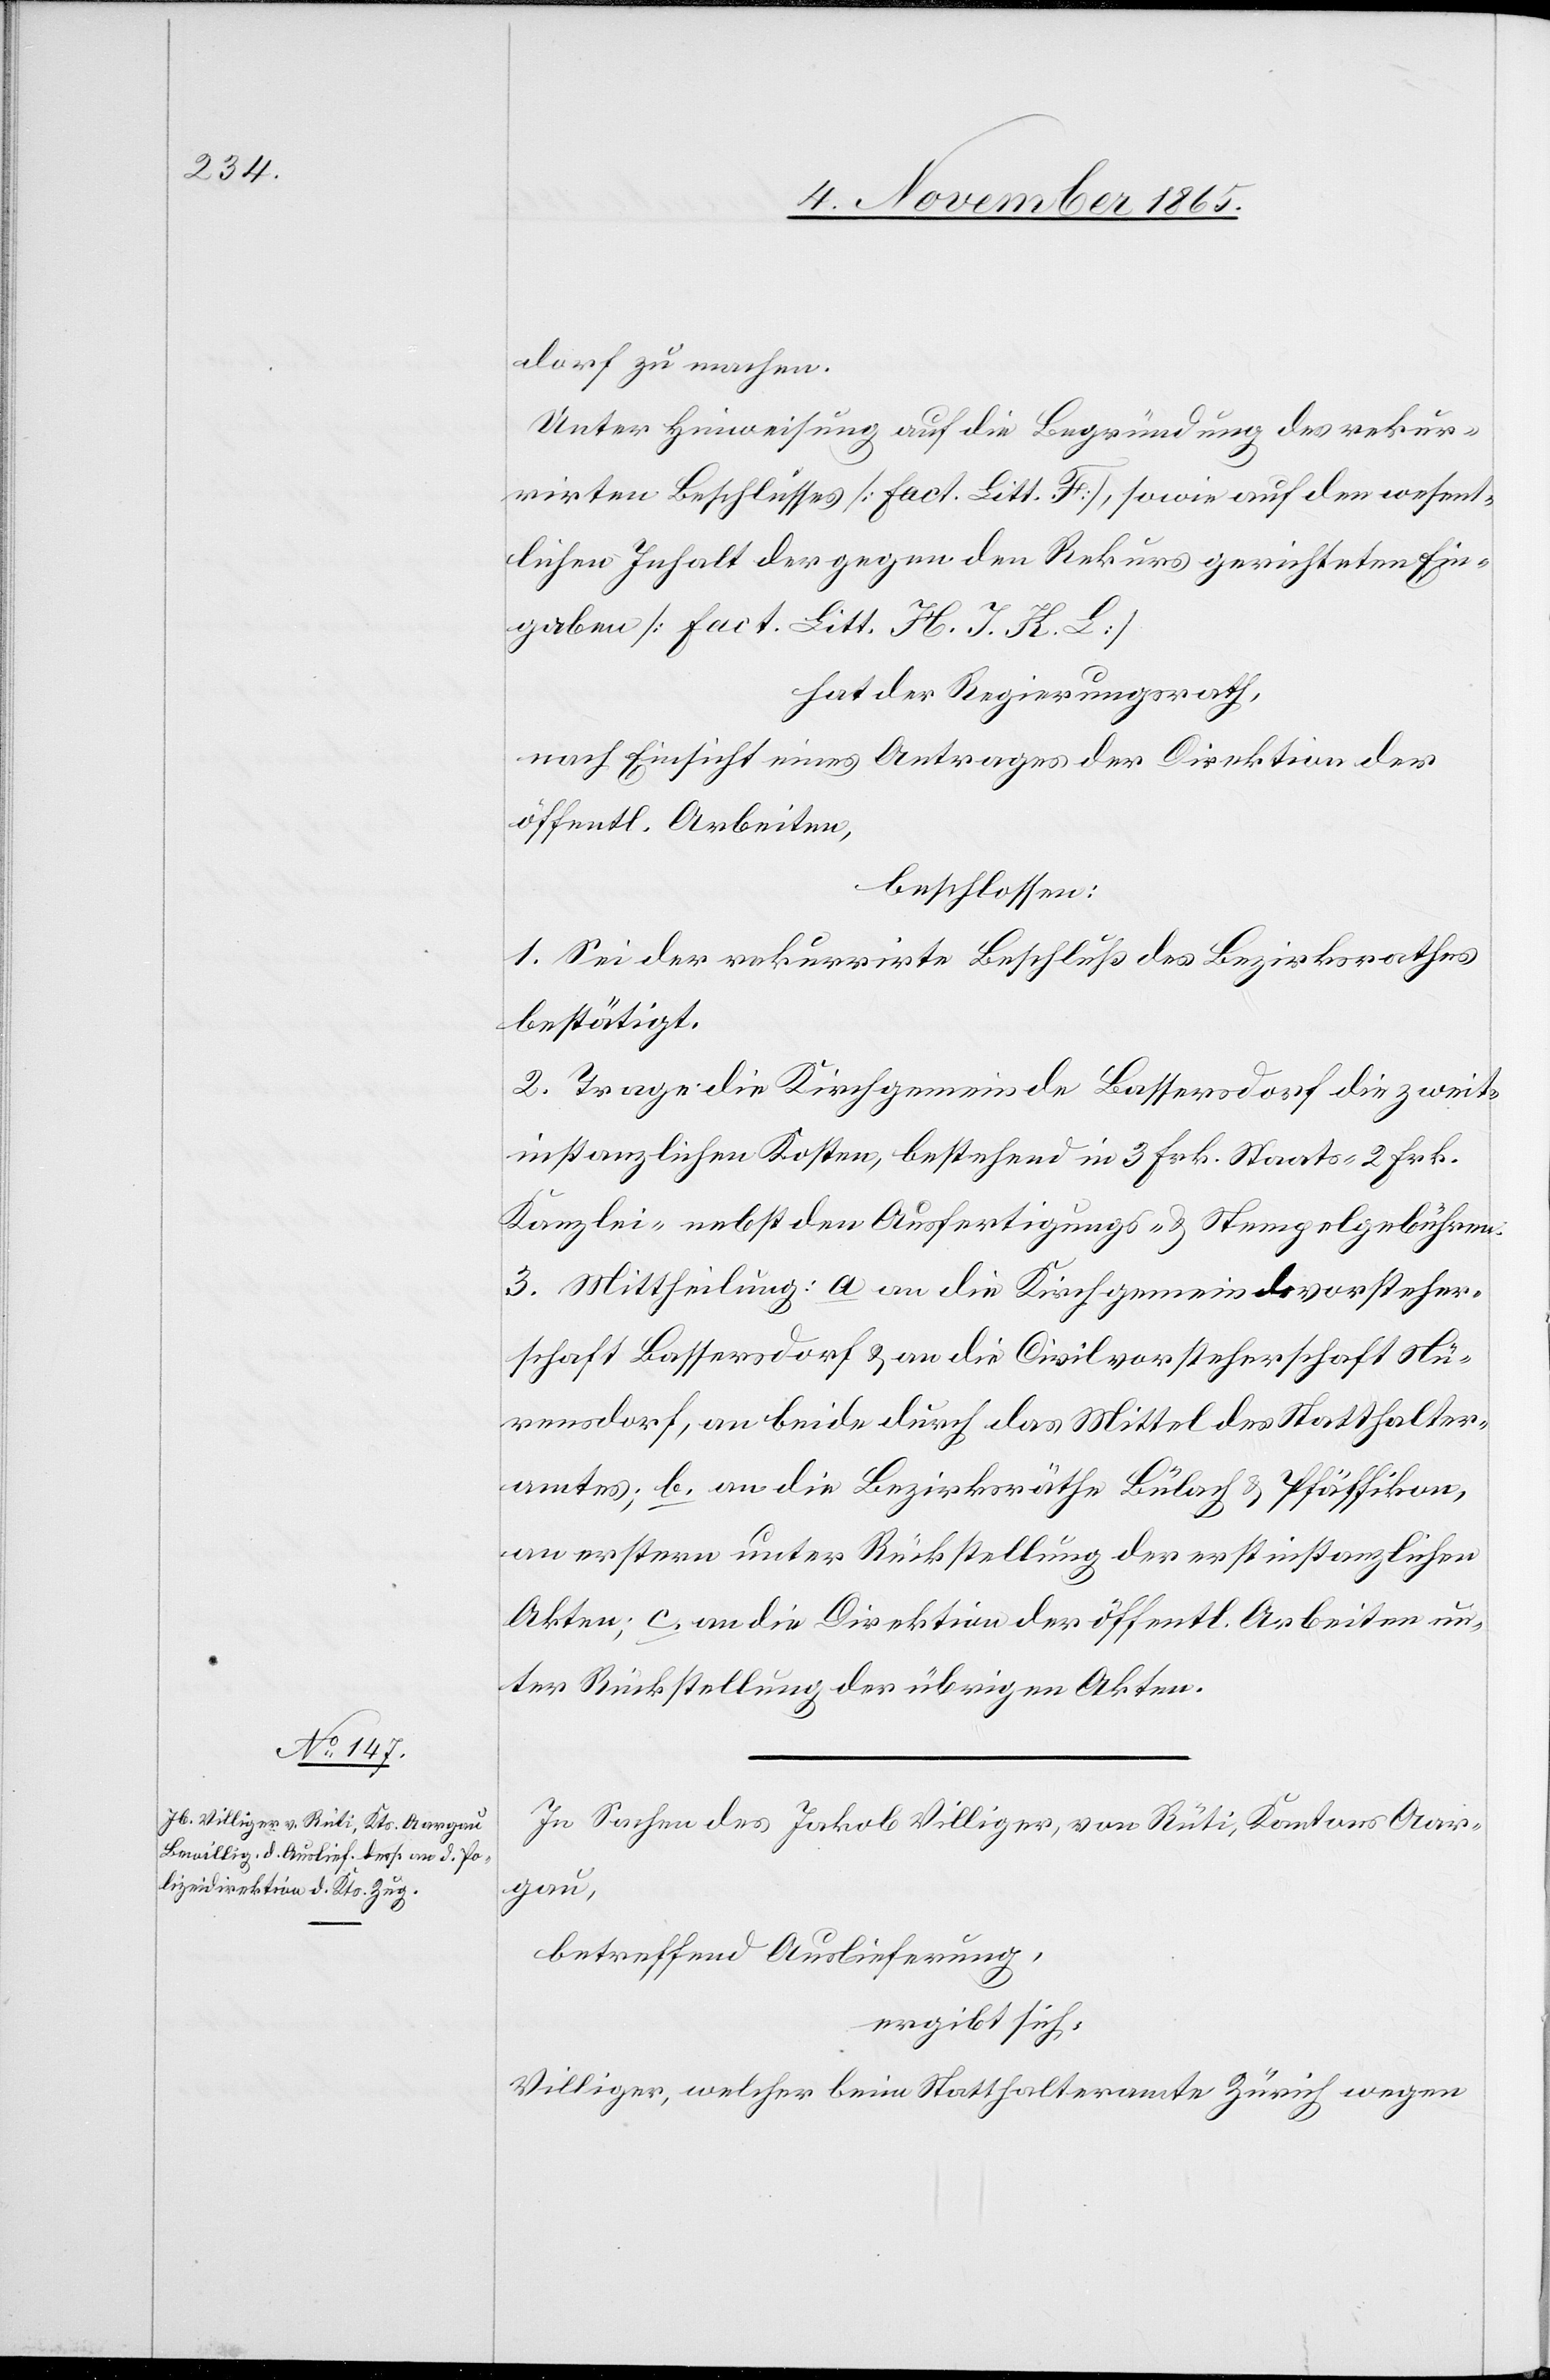
dorf zu machen.
Unter Hinweisung auf die Begründung des rekur¬
rirten Beschlusses [Fact. Litt. F], sowie auf den wesent¬
lichen Inhalt der gegen den Rekurs gerichteten Ein¬
gaben [Fact. Litt. H. I. K. L.]
hat der Regierungsrath,
nach Einsicht eines Antrages der Direktion der
öffentl. Arbeiten,
beschlossen:
1. Sei der rekurrirte Beschluß des Bezirksrathes
bestätigt.
2. Trage die Kirchgemeinde Bassersdorf die zweit¬
instanzlichen Kosten, bestehend in 3 Frk. Staats- 2 Frk.
Kanzlei- nebst den Ausfertigungs- & Stempelgebühren.
3. Mittheilung: a. an die Kirchgemeindsvorsteher¬
schaft Bassersdorf & an die Civilvorsteherschaft Nü¬
rensdorf, an beide durch das Mittel des Statthalter¬
amtes; b. an die Bezirksräthe Bülach & Pfäffikon,
an erstern unter Rückstellung der erstinstanzlichen
Akten; c. an die Direktion der öffentl. Arbeiten un¬
ter Rückstellung der übrigen Akten.
In Sachen des Jakob Villiger, von Rüti, Kantons Aar¬
gau,
betreffend Auslieferung,
ergibt sich:
Villiger, welcher beim Statthalteramte Zürich wegen